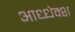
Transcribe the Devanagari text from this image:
आध्धेक्श